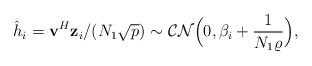
LaTeX: \begin{align*}\hat{h}_i=\mathbf{v}^H \mathbf{z}_i/(N_1\sqrt{p})\sim \mathcal{CN}\Big(0,\beta_i+\frac{1}{N_1\varrho}\Big),\end{align*}